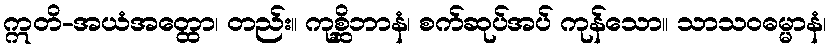
ဣတိ-အယံအတ္ထော၊ တည်း။ ကုစ္ဆိဘာနံ၊ စက်ဆုပ်အပ် ကုန်သော။ သာသဝဓမ္မာနံ၊